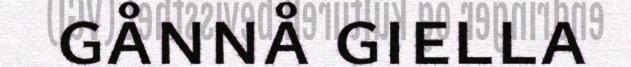
gånnå giella